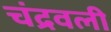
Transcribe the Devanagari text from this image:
चंद्रवली